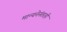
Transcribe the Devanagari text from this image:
मान्यनेनंतरही